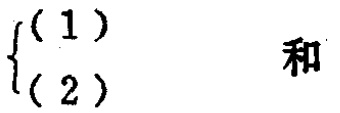
$\begin{cases}(1)\\(2)\end{cases}$ 和